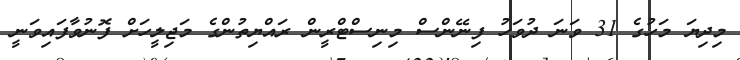
މިދިޔަ މަހުގެ 31 ވަނަ ދުވަހު ފިނޭންސް މިނިސްޓްރީން ރައްޔިތުންގެ މަޖިލީހަށް ފޮނުވާފައިވަަނީ